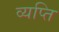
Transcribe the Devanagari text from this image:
व्यप्ति